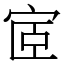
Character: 宧